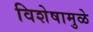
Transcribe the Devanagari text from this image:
विशेषामुळे